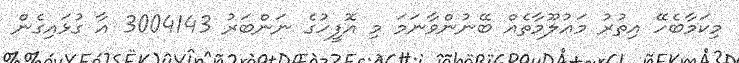
މިކަމާބެހޭ އިތުރު މަޢުލޫމާތެއް ބޭނުންވާނަމަ މި އޮފީހުގެ ނަންބަރު 3004143 އާ ގުޅައިގެން